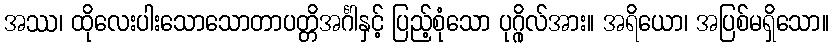
အဿ၊ ထိုလေးပါးသောသောတာပတ္တိအင်္ဂါနှင့် ပြည့်စုံသော ပုဂ္ဂိုလ်အား။ အရိယော၊ အပြစ်မရှိသော။